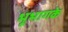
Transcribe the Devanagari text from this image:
भूभागके